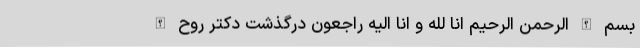
بسم الله الرحمن الرحیم انا لله و انا الیه راجعون درگذشت دکتر روح الله